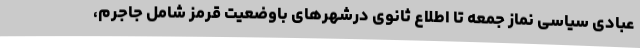
عبادی سیاسی نماز جمعه تا اطلاع ثانوی درشهرهای باوضعیت قرمز شامل جاجرم،